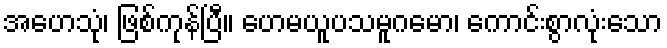
အဟေသုံ၊ ဖြစ်ကုန်ပြီ။ ဟေမယူပသမူဂမော၊ ကောင်းစွာလုံးသော